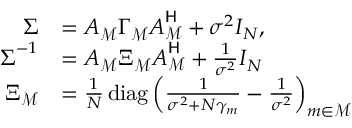
\begin{array} { r l } { \boldsymbol { \Sigma } } & { = \boldsymbol { A } _ { \mathcal { M } } \boldsymbol { \Gamma } _ { \mathcal { M } } \boldsymbol { A } _ { \mathcal { M } } ^ { \sf H } + \sigma ^ { 2 } \boldsymbol { I } _ { N } , } \\ { \boldsymbol { \Sigma } ^ { - 1 } } & { = \boldsymbol { A } _ { \mathcal { M } } \boldsymbol { \Xi } _ { \mathcal { M } } \boldsymbol { A } _ { \mathcal { M } } ^ { \sf H } + \frac { 1 } { \sigma ^ { 2 } } \boldsymbol { I } _ { N } } \\ { \boldsymbol { \Xi } _ { \mathcal { M } } } & { = \frac { 1 } { N } \mathop { \mathrm { d i a g } } \left( \frac { 1 } { \sigma ^ { 2 } + N \gamma _ { m } } - \frac { 1 } { \sigma ^ { 2 } } \right) _ { m \in \mathcal { M } } } \end{array}